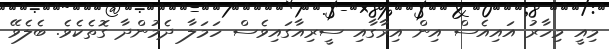
މިއީ މިހާރު އައިއެސް އިން އިރާގާއި ސީރިއާގައިވެސް ހަމަލާ ދެމުންދާ ގޮތެކެވެ. ބެލެވޭ